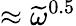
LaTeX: \approx\widetilde{\omega}^{0.5}